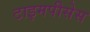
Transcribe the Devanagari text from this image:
टाइमपीसेस